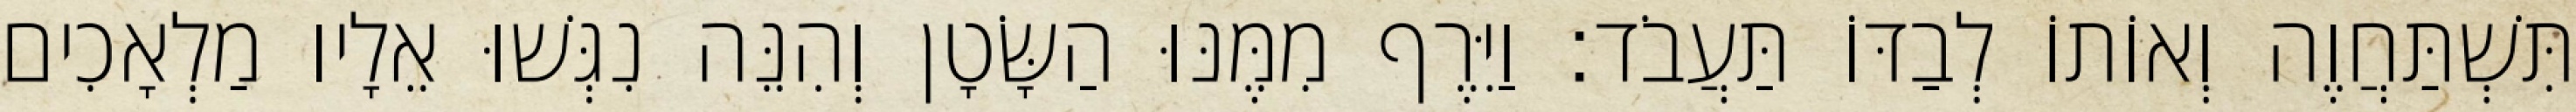
תִּשְׁתַּחֲוֶה וְאוֹתוֹ לְבַדּוֹ תַּעֲבֹד׃ וַיִּרֶף מִמֶּנּוּ הַשָּׂטָן וְהִנֵּה נִגְּשׁוּ אֵלָיו מַלְאָכִים